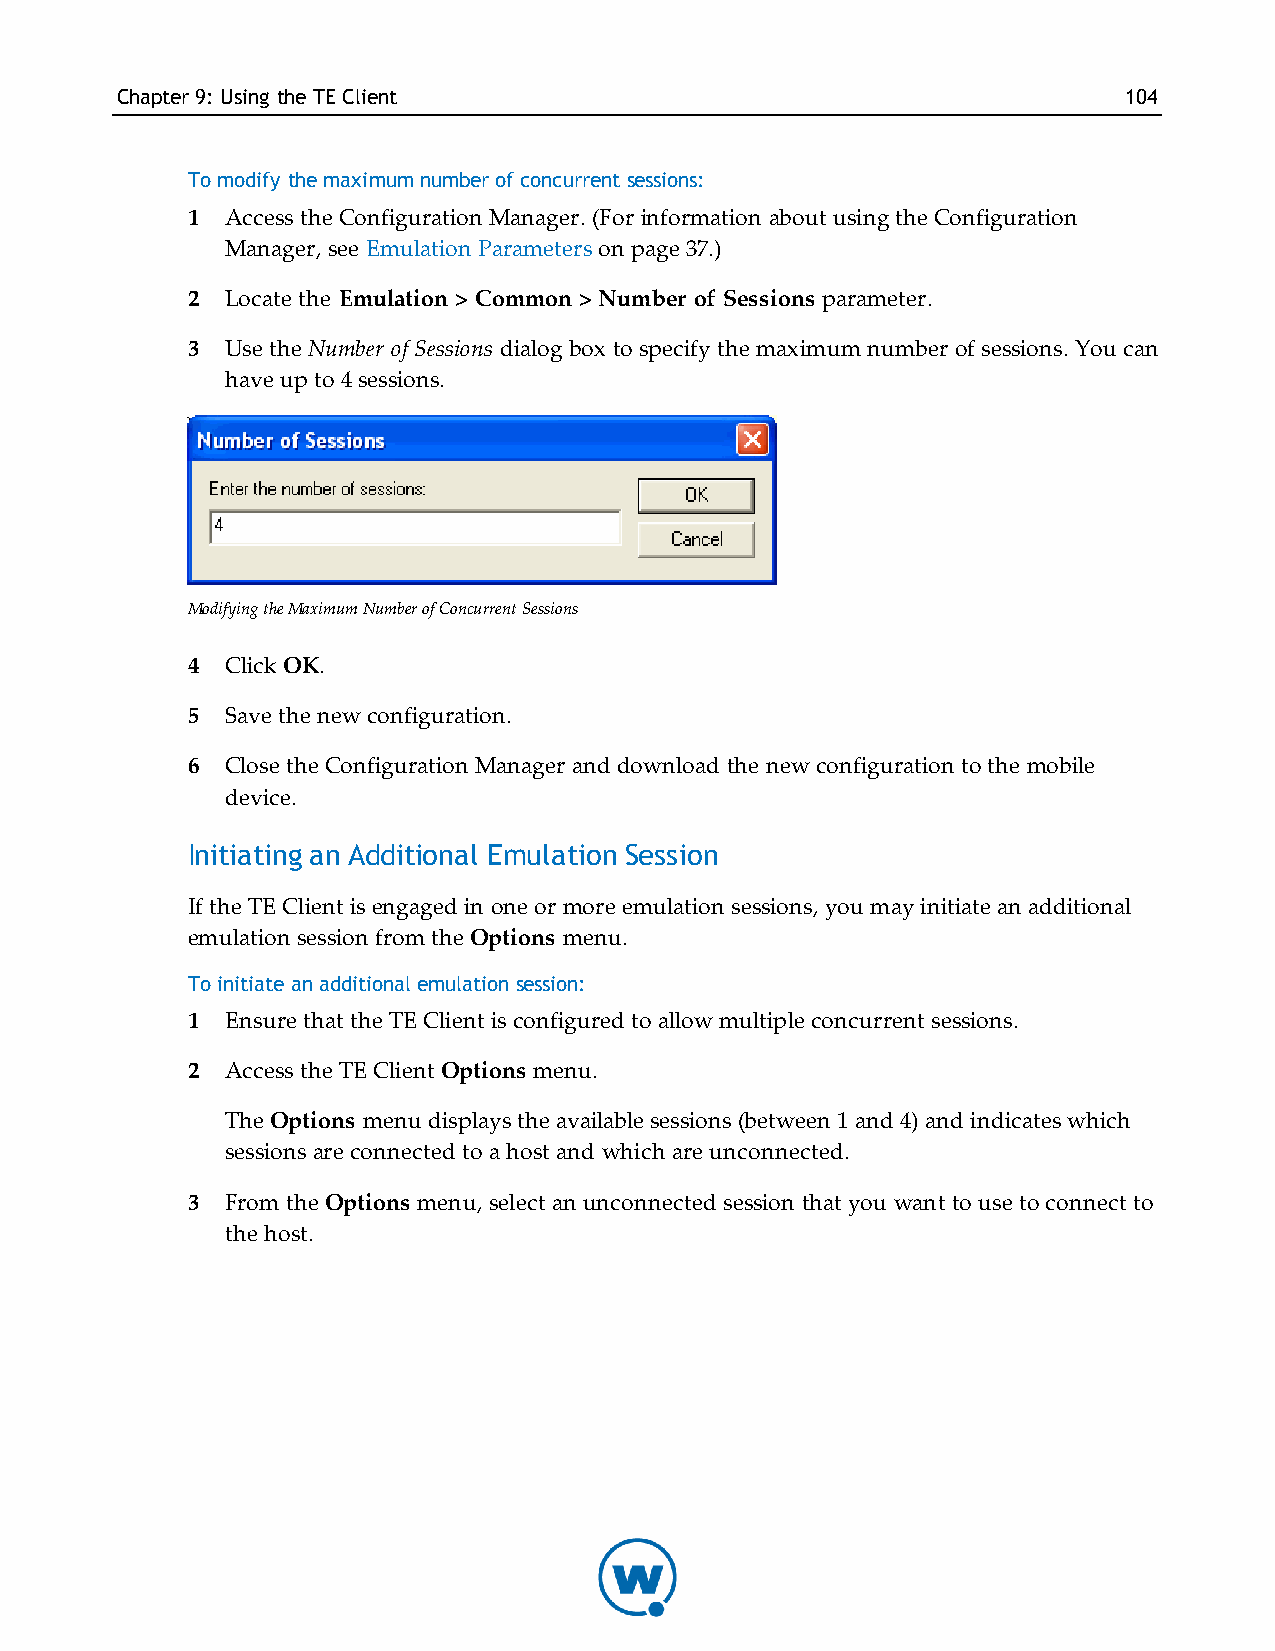
Chapter9: Using theTE Client                                      104
 To modify the maximum number of concurrent sessions:
 1  Access the Configuration Manager. (For information about using the Configuration
 Manager, see Emulation Parameters on page 37.)
 2  Locate the Emulation > Common > Number of Sessions parameter.
 3  Use the Number of Sessions dialog box to specify the maximum number of sessions. You can
 have up to 4 sessions.
 Modifying the Maximum Number of Concurrent Sessions
 4  Click OK.
 5  Save the new configuration.
 6  Close the Configuration Manager and download the new configuration to the mobile
 device.
 Initiating an Additional Emulation Session
 If the TE Client is engaged in one or more emulation sessions, you may initiate an additional
 emulation session from the Options menu.
 To initiate an additional emulation session:
 1  Ensure that the TE Client is configured to allow multiple concurrent sessions.
 2  Access the TE Client Options menu.
 The Options menu displays the available sessions (between 1 and 4) and indicates which
 sessions are connected to a host and which are unconnected.
 3  From the Options menu, select an unconnected session that you want to use to connect to
 the host.